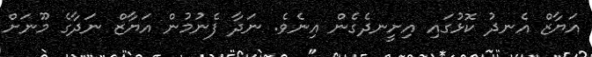
އަޔާޒް އެނދު ކޮޅުގައި އިށީނދެގެން އިނެވެ. ނަދާ ފެނުމުން އަޔާޒް ނަދާގެ މޫނަށް